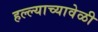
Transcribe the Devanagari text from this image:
हल्ल्याच्यावेळी